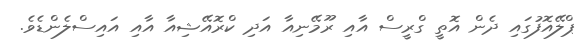
ޕްލޭއޮފުގައި ދެން އޮތީ ގްރީސް އާއި ރޫމޭނިއާ އަދި ކްރޮއޭޝިއާ އާއި އައިސްލެންޑެވެ.